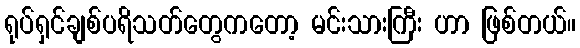
ရုပ်ရှင်ချစ်ပရိသတ်တွေကတော့ မင်းသားကြီး ဟာ ဖြစ်တယ်။